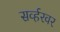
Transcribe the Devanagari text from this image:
सर्व्हरवर